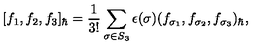
[ f _ { 1 } , f _ { 2 } , f _ { 3 } ] _ { \hbar } = \frac { 1 } { 3 ! } \sum _ { \sigma \in S _ { 3 } } \epsilon ( \sigma ) ( f _ { \sigma _ { 1 } } , f _ { \sigma _ { 2 } } , f _ { \sigma _ { 3 } } ) _ { \hbar } ,